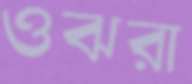
ওঝরা